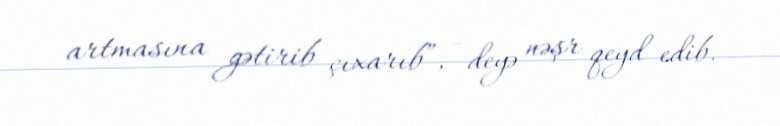
artmasına gətirib çıxarıb”, - deyə nəşr qeyd edib.